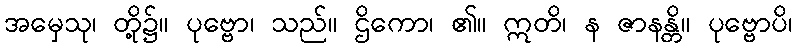
အမှေသု၊ တို့၌။ ပုဗ္ဗော၊ သည်။ ဌိကော၊ ၏။ ဣတိ၊ န ဇာနန္တိ။ ပုဗ္ဗောပိ၊